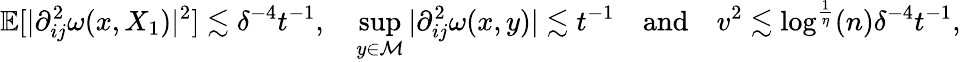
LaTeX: \mathbb{E}[\vert\partial_{ij}^{2}\omega(x,X_{1})\vert^{2}]\lesssim\delta^{-4}t^{-1},\quad\operatorname*{sup}_{y\in\mathcal{M}}\vert\partial_{ij}^{2}\omega(x,y)\vert\lesssim t^{-1}\quad\mathrm{and}\quad v^{2}\lesssim\log^{\frac{1}{\eta}}(n)\delta^{-4}t^{-1},